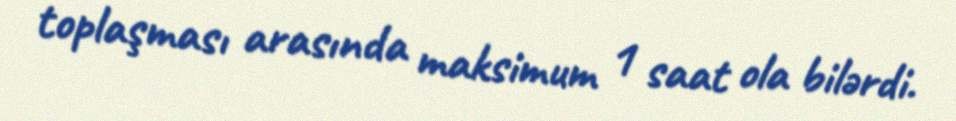
toplaşması arasında maksimum 1 saat ola bilərdi.